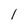
Character: l